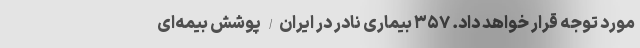
مورد توجه قرار خواهد داد. ۳۵۷ بیماری نادر در ایران/ پوشش بیمه‌ای